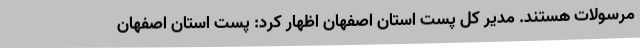
مرسولات هستند. مدیر کل پست استان اصفهان اظهار کرد: پست استان اصفهان